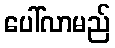
ပေါ်လာမည်